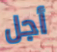
أجل